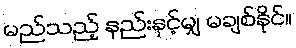
မည်သည့် နည်းနှင့်မျှ မချစ်နိုင်။